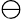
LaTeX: \ominus